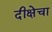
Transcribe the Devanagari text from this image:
दीक्षेचा